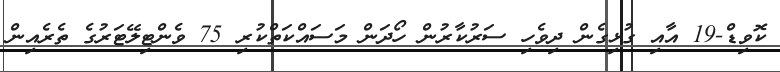
ކޮވިޑް-19 އާއި ގުޅިގެން ދިވެހި ސަރުކާރުން ހޯދަން މަސައްކަތްކުރި 75 ވެންޓިލޭޓަރުގެ ތެރެއިން